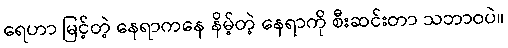
ရေဟာ မြင့်တဲ့ နေရာကနေ နိမ့်တဲ့ နေရာကို စီးဆင်းတာ သဘာဝပဲ။